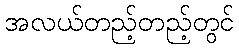
အလယ်တည့်တည့်တွင်